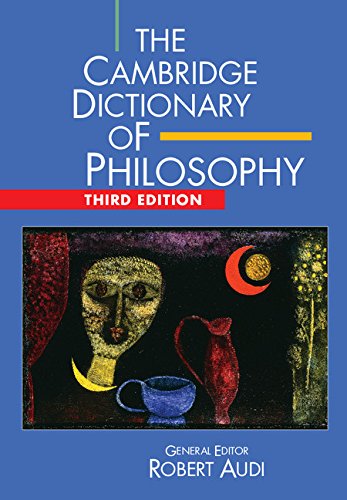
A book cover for The Cambridge Dictionary of Philosophy; Politics & Social Sciences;